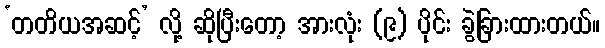
‘တတိယအဆင့်’ လို့ ဆိုပြီးတော့ အားလုံး (၉) ပိုင်း ခွဲခြားထားတယ်။